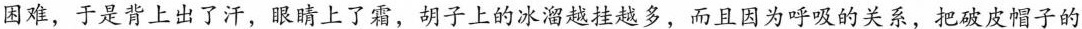
困难，于是背上出了汗，眼睛上了霜，胡子上的冰溜越挂越多，而且因为呼吸的关系，把破皮帽子的